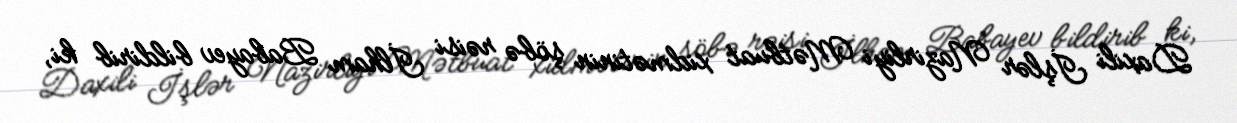
Daxili İşlər Nazirliyi Mətbuat xidmətinin şöbə rəisi İlham Babayev bildirib ki,